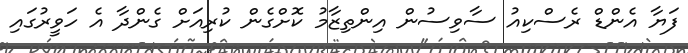
ފަޔާ އެންޑް ރެސްކިއު ސާވިސުން އިންތިޒާމު ކޮށްގެން ކުރިއަށް ގެންދާ އެ ހަވީރުގައި